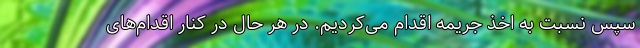
سپس نسبت به اخذ جریمه اقدام می‌کردیم. در هر حال در کنار اقدام‌های